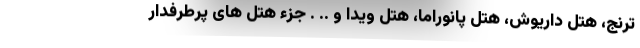
ترنج، هتل داریوش، هتل پانوراما، هتل ویدا و .. . جزء هتل های پرطرفدار